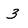
Character: 3